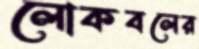
লোকবলের